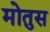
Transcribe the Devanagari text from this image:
मोतुस